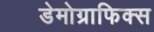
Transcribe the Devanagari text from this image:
डेमोग्राफिक्स